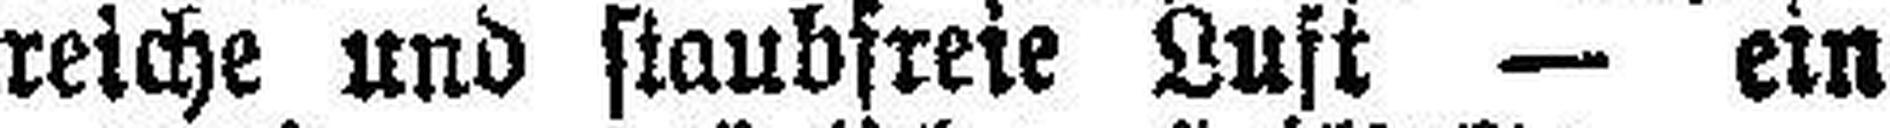
reiche und staubfreie Luft — ein